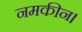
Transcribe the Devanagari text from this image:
नमकीन।